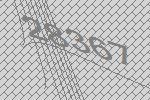
28367